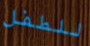
للطفل